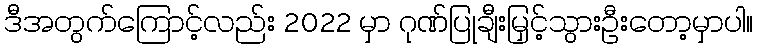
ဒီအတွက်ကြောင့်လည်း 2022 မှာ ဂုဏ်ပြုချီးမြှင့်သွားဦးတော့မှာပါ။